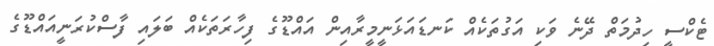
ޓެކްސީ ހިދުމަތް ދޭނެ ވަކި އަގުތަކެއް ކަނޑައަޅަނީމީރާއިން އައްޑޫގެ ފިހާރަތަކެއް ބަލައި ފާސްކުރަނީއައްޑޫގެ